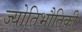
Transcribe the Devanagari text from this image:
ज्योतिभौतिकी